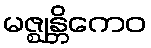
မဇ္ဈန္တိကေဝ